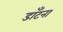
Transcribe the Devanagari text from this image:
डाँटना